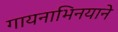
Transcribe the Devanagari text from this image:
गायनाभिनयाने